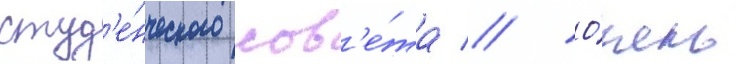
студ'е́нческого сов'е́та // О́чень